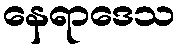
နေရာဒေသ